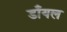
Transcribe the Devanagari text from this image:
डाँयल